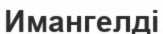
Имангелді